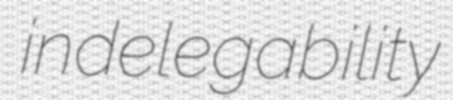
indelegability